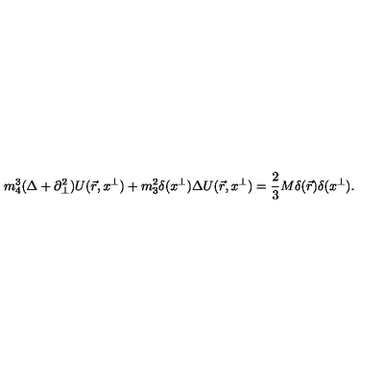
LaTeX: m _ { 4 } ^ { 3 } ( \Delta + \partial _ { \perp } ^ { 2 } ) U ( \vec { r } , x ^ { \perp } ) + m _ { 3 } ^ { 2 } \delta ( x ^ { \perp } ) \Delta U ( \vec { r } , x ^ { \perp } ) = \frac { 2 } { 3 } M \delta ( \vec { r } ) \delta ( x ^ { \perp } ) .